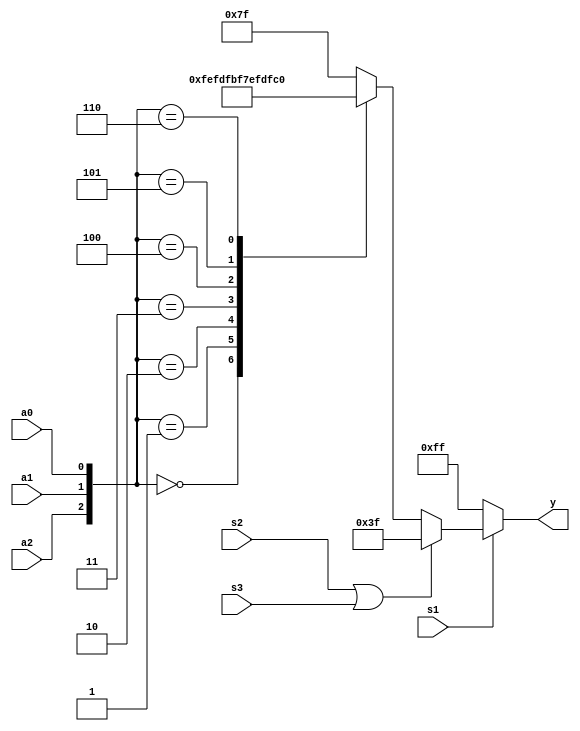
module y38(a0,a1,a2,s1,s2,s3,y);
 input a0,a1,a2,s1,s2,s3;
 output[7:0] y;
 reg[7:0] y;
 reg s;
reg[2:0]a;
always@(a0,a1,a2,s1,s2,s3)
 begin
  s<=s2|s3;
  a<={a2,a1,a0};
   if(s1==0)
  y<=8'b11111111;
else
   if(s==1)
		y<=8'b111111;
	else
	  begin
		   case(a)
		3'b000:y<=8'b11111110;
		3'b001:y<=8'b11111101;
		3'b010:y<=8'b11111011;
		3'b011:y<=8'b11110111;
		3'b100:y<=8'b11101111;
		3'b101:y<=8'b11011111;
		3'b110:y<=8'b10111111;
		default: y<=8'b01111111;
		endcase
   end
	end
 endmodule